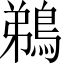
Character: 鵜